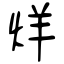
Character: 烊